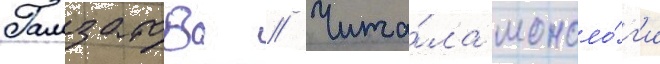
Гамзатова // Чита́ла моноло́г'и